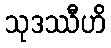
သုဒဿီဟိ